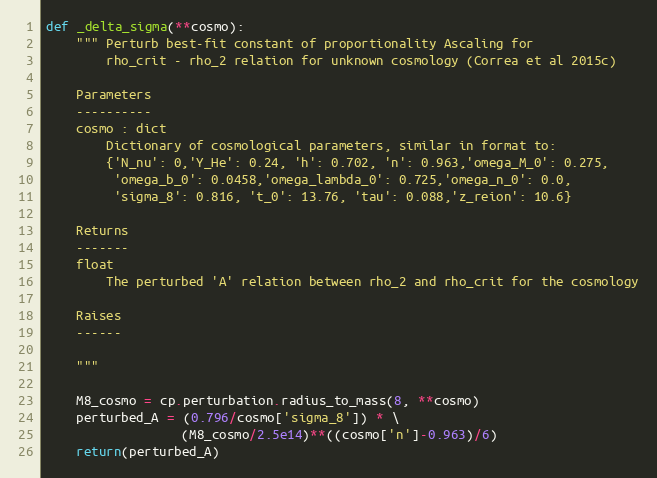
Language: Python
def _delta_sigma(**cosmo):
    """ Perturb best-fit constant of proportionality Ascaling for
        rho_crit - rho_2 relation for unknown cosmology (Correa et al 2015c)

    Parameters
    ----------
    cosmo : dict
        Dictionary of cosmological parameters, similar in format to:
        {'N_nu': 0,'Y_He': 0.24, 'h': 0.702, 'n': 0.963,'omega_M_0': 0.275,
         'omega_b_0': 0.0458,'omega_lambda_0': 0.725,'omega_n_0': 0.0,
         'sigma_8': 0.816, 't_0': 13.76, 'tau': 0.088,'z_reion': 10.6}

    Returns
    -------
    float
        The perturbed 'A' relation between rho_2 and rho_crit for the cosmology

    Raises
    ------

    """

    M8_cosmo = cp.perturbation.radius_to_mass(8, **cosmo)
    perturbed_A = (0.796/cosmo['sigma_8']) * \
                  (M8_cosmo/2.5e14)**((cosmo['n']-0.963)/6)
    return(perturbed_A)